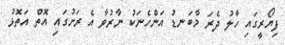
ފިޔޯރީގައި ހާލު ދެރަ މާބަނޑު އަންހެނަކު ނާރުވާ އެ ރަށުގައި އޮތް އަތޮޅު